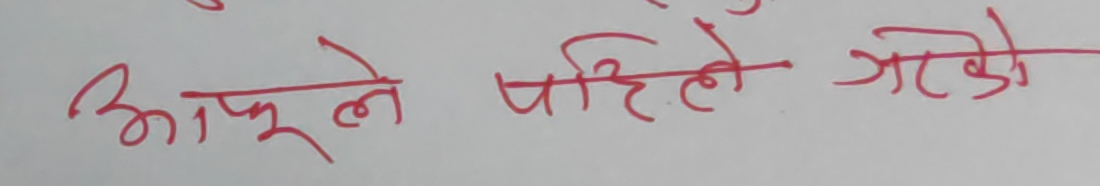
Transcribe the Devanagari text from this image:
आफुले पहिले गरेको